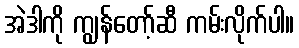
အဲဒါကို ကျွန်တော့်ဆီ ကမ်းလိုက်ပါ။